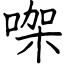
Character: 㗎